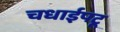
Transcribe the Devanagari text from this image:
चधाईपटू